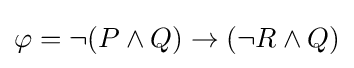
\varphi =\lnot (P\land Q)\to (\lnot R\land Q)